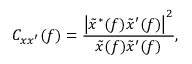
C _ { x x ^ { \prime } } ( f ) = \frac { \left| \Tilde { x } ^ { * } ( f ) \Tilde { x } ^ { \prime } ( f ) \right| ^ { 2 } } { \Tilde { x } ( f ) \Tilde { x } ^ { \prime } ( f ) } ,